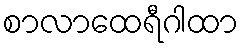
စာလာထေရီဂါထာ